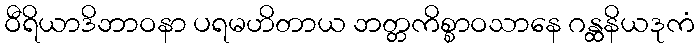
ဝီရိယာဒိဘာဝနာ ပရမဟိတာယ ဘတ္တကိစ္စာဝသာနေ ဂန္ထနိယဒုကံ